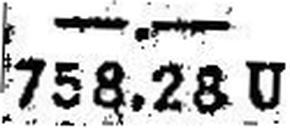
758.28 U